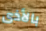
بالأذى